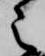
之